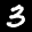
Label: 3